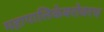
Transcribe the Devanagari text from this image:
महापालिकेबरोबरच